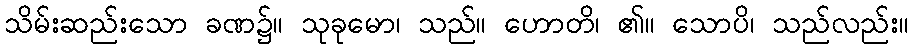
သိမ်းဆည်းသော ခဏ၌။ သုခုမော၊ သည်။ ဟောတိ၊ ၏။ သောပိ၊ သည်လည်း။